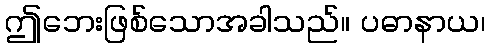
ဤဘေးဖြစ်သောအခါသည်။ ပဓာနာယ၊